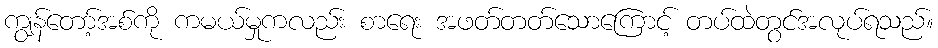
ကျွန်တော့်အစ်ကို ကမယ်မှုကလည်း စာရေး အဖတ်တတ်သောကြောင့် တပ်ထဲတွင်အလုပ်ရသည်။